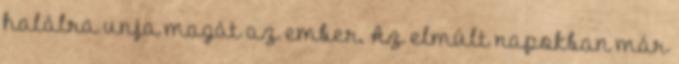
halálra unja magát az ember. Az elmúlt napokban már